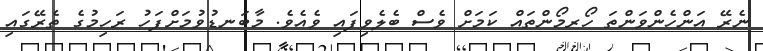
ނެރޭ އަންހެންވަންތަ ހޯރމޯންތައް ކަމަށް ވެސް ބެލެވިފައި ވެއެވެ. މާބަނޑުވުމަށްފަހު ރަހިމުގެ ތެރޭގައި